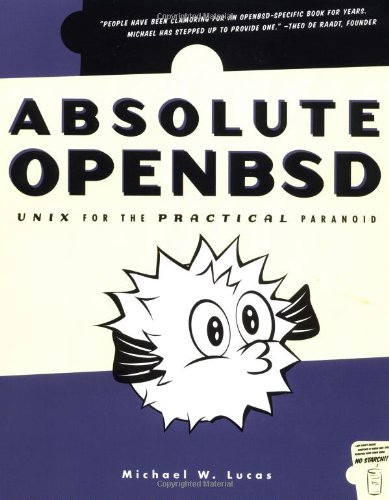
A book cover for Absolute OpenBSD: Unix for the Practical Paranoid; Michael W. Lucas; Computers & Technology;